Calcutta medical institutions reports 1892-1900
Year: 1892
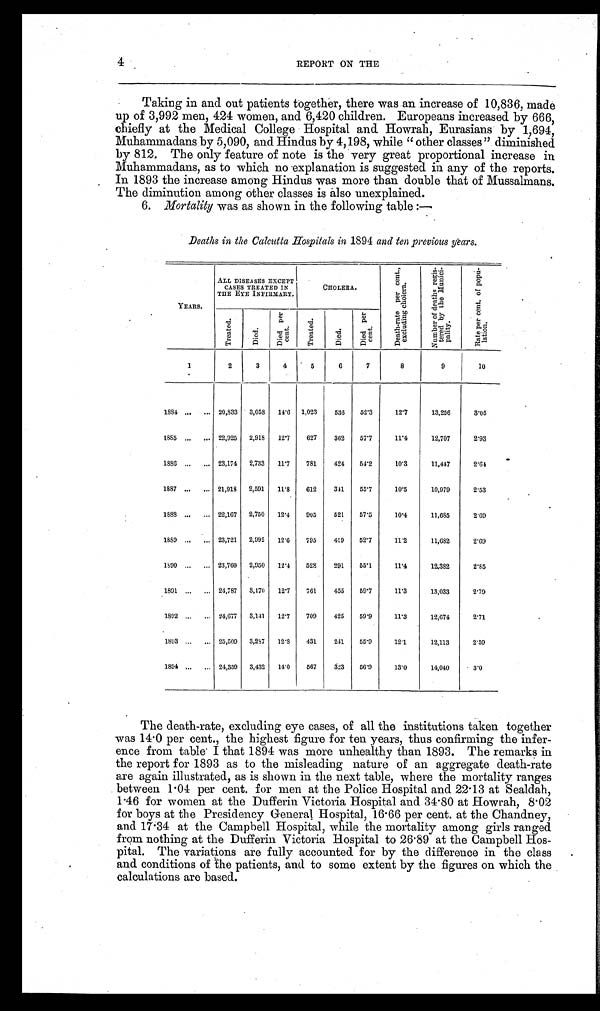
4
REPORT ON THE
Taking in and out patients together, there was an increase of 10,836, made
up of 3,992 men, 424 women, and 6,420 children. Europeans increased by 666,
chiefly at the Medical College Hospital and Howrah, Eurasians by 1,694,
Muhammadans by 5,090, and Hindus by 4,198, while "other classes" diminished
by 812. The only feature of note is the very great proportional increase in
Muhammadans, as to which no explanation is suggested in any of the reports.
In 1893 the increase among Hindus was more than double that of Mussalmans.
The diminution among other classes is also unexplained.
6. Mortality was as shown in the following table:—
Deaths in the Calcutta Hospitals in 1894 and ten previous years.
YEARS.
ALL DISEASES EXCEPT
CASES TREATED IN
THE EYE INFIRMARY.
CHOLERA.
D e a t h - r a t e p e r c e n t . , e x c l u d i n g c h o l e r a .
N u m b e r o f d e a t h s r e g i s - t e r e d b y t h e M u n i c i - p a l i t y .
R a t e p e r c e n t . o f p o p u l a t i o n .
Treated.
Died.
Di e d p e r c e n t .
Treated.
D i e d .
Di e d p e r c e n t .
1
2
3
4
5
6
7
8
9
10
1884
. . . 20,833
3,058
14.6
1,023
536
52.3
12.7
13,256
3.05
1885
. . . 22,925
2,918
12.7
627
362
57.7
11.4
12,707
2 . 9 3
1886
. . . 23,174
2,733
11.7
781
424
54.2
10.3
11,447
2.64
1887
. . . 21,918
2,591
11.8
612
341
55.7
10.5
10,979
2.53
1888
. . . 22,167
2,750
12.4
905
521
57.5
10.4
11,685
2.69
1889
. . . 23,721
2,992
12.6
795
419
52.7
11.2
11,682
2.69
1890
. . . 23,760
2,950
12.4
528
291
55.1
11.4
12,382
2.85
1891
. . . 24,787
3,170
12.7
761
455
59.7
11.3
13,033
2 . 7 9
1892
. . . 24,677
3,141
12.7
709
425
59.9
11.3
12,674
2.71
1893
. . . 25,509
3,287
12.8
431
241
55.9
12.1
12,113
2.59
1894
. . . 24,359
3,432
14.0
567
323
56.9
13.0
14,040
3.0
The death-rate, excluding eye cases, of all the institutions taken together
was 14.0 per cent., the highest figure for ten years, thus confirming the infer
-
ence from table I that 1894 was more unhealthy than. 1893. The remarks in
the report for 1893 as to the misleading nature of an aggregate death-rate
are again illustrated, as is shown in the next table, where the mortality ranges
between 1.04 per cent for men at the Police Hospital and 22.13 at Sealdah,
1.46 for women at the Dufferin Victoria Hospital and 34.80 at Howrah, 8.02
for boys at the Presidency General Hospital, 16.66 per cent at the Chandney,
and 17.34 at the Campbell Hospital, while the mortality among girls ranged
from nothing at the Dufferin Victoria Hospital to 26.89 at the Campbell Hos
-
pital. The variations are fully accounted for by the difference in the class
and conditions of the patients, and to some extent by the figures on which the
calculations are based.